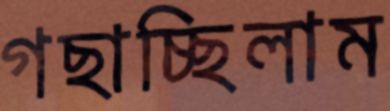
গছাচ্ছিলাম